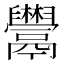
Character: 𩱬